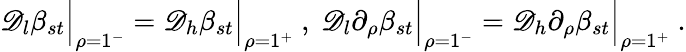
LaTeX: \mathscr{D}_{l}\beta_{st}\Big|_{\rho=1^{-}}=\mathscr{D}_{h}\beta_{st}\Big|_{\rho=1^{+}}\ ,\ \mathscr{D}_{l}\partial_{\rho}\beta_{st}\Big|_{\rho=1^{-}}=\mathscr{D}_{h}\partial_{\rho}\beta_{st}\Big|_{\rho=1^{+}}\ .